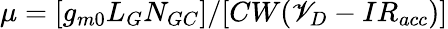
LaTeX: \mu=[g_{m0}L_{G}N_{GC}]/[CW(\mathscr{V}_{D}-IR_{acc})]